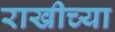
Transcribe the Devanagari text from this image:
राखीच्या